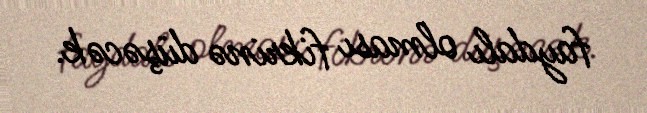
faydalı olması fikrinə düşəcək.